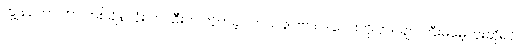
ကျွန်တော် ဟာ တစ်ချိန်လုံး တပ်ဦးက တိုက်ခဲ့ပါတယ်ခင်ဗျား ဒါလေးကို ဗိုလ်ချုပ်ကြီးမမေ့ဘူးဆိုရင်